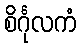
စိင်္ဂုလကံ